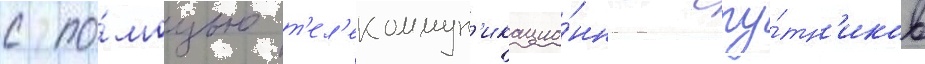
с по́мощью т'ел'екоммун'икацио́нных спу́тн'иков